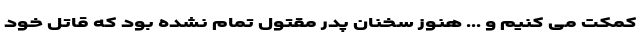
کمکت می کنیم و ... هنوز سخنان پدر مقتول تمام نشده بود که قاتل خود